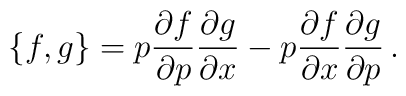
{ \{ f,g \} } = p \frac{\partial f}{\partial p}\frac{\partial g}{\partial x} - p \frac{\partial f}{\partial x}\frac{\partial g}{\partial p}\,.